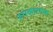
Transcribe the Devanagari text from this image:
रुपकात्मक